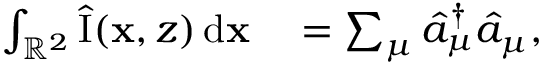
\begin{array} { r l } { \int _ { \mathbb { R } ^ { 2 } } \hat { \mathrm { I } } ( \mathbf { x } , z ) \, \mathrm { d } \mathbf { x } } & { { } = \sum _ { \mu } \hat { a } _ { \mu } ^ { \dagger } \hat { a } _ { \mu } , } \end{array}